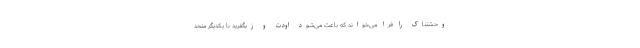
وحشتناک را فرا می‌خواند که باعث می‌شود اودت و زیگفرید با یکدیگر متحد